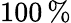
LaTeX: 100\, \%